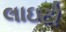
લાઇટો